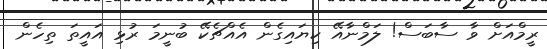
ރީމްއަށް ވާ ސާބަސް! ލަމްނާއޭ ކިޔައިގެން އެއްޗެކޭ ބުނީމަ ރުޅި އައީތަ ތިހެން